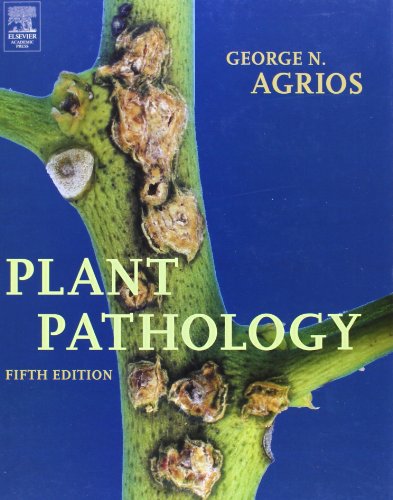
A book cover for Plant Pathology, Fifth Edition; George N. Agrios; Medical Books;